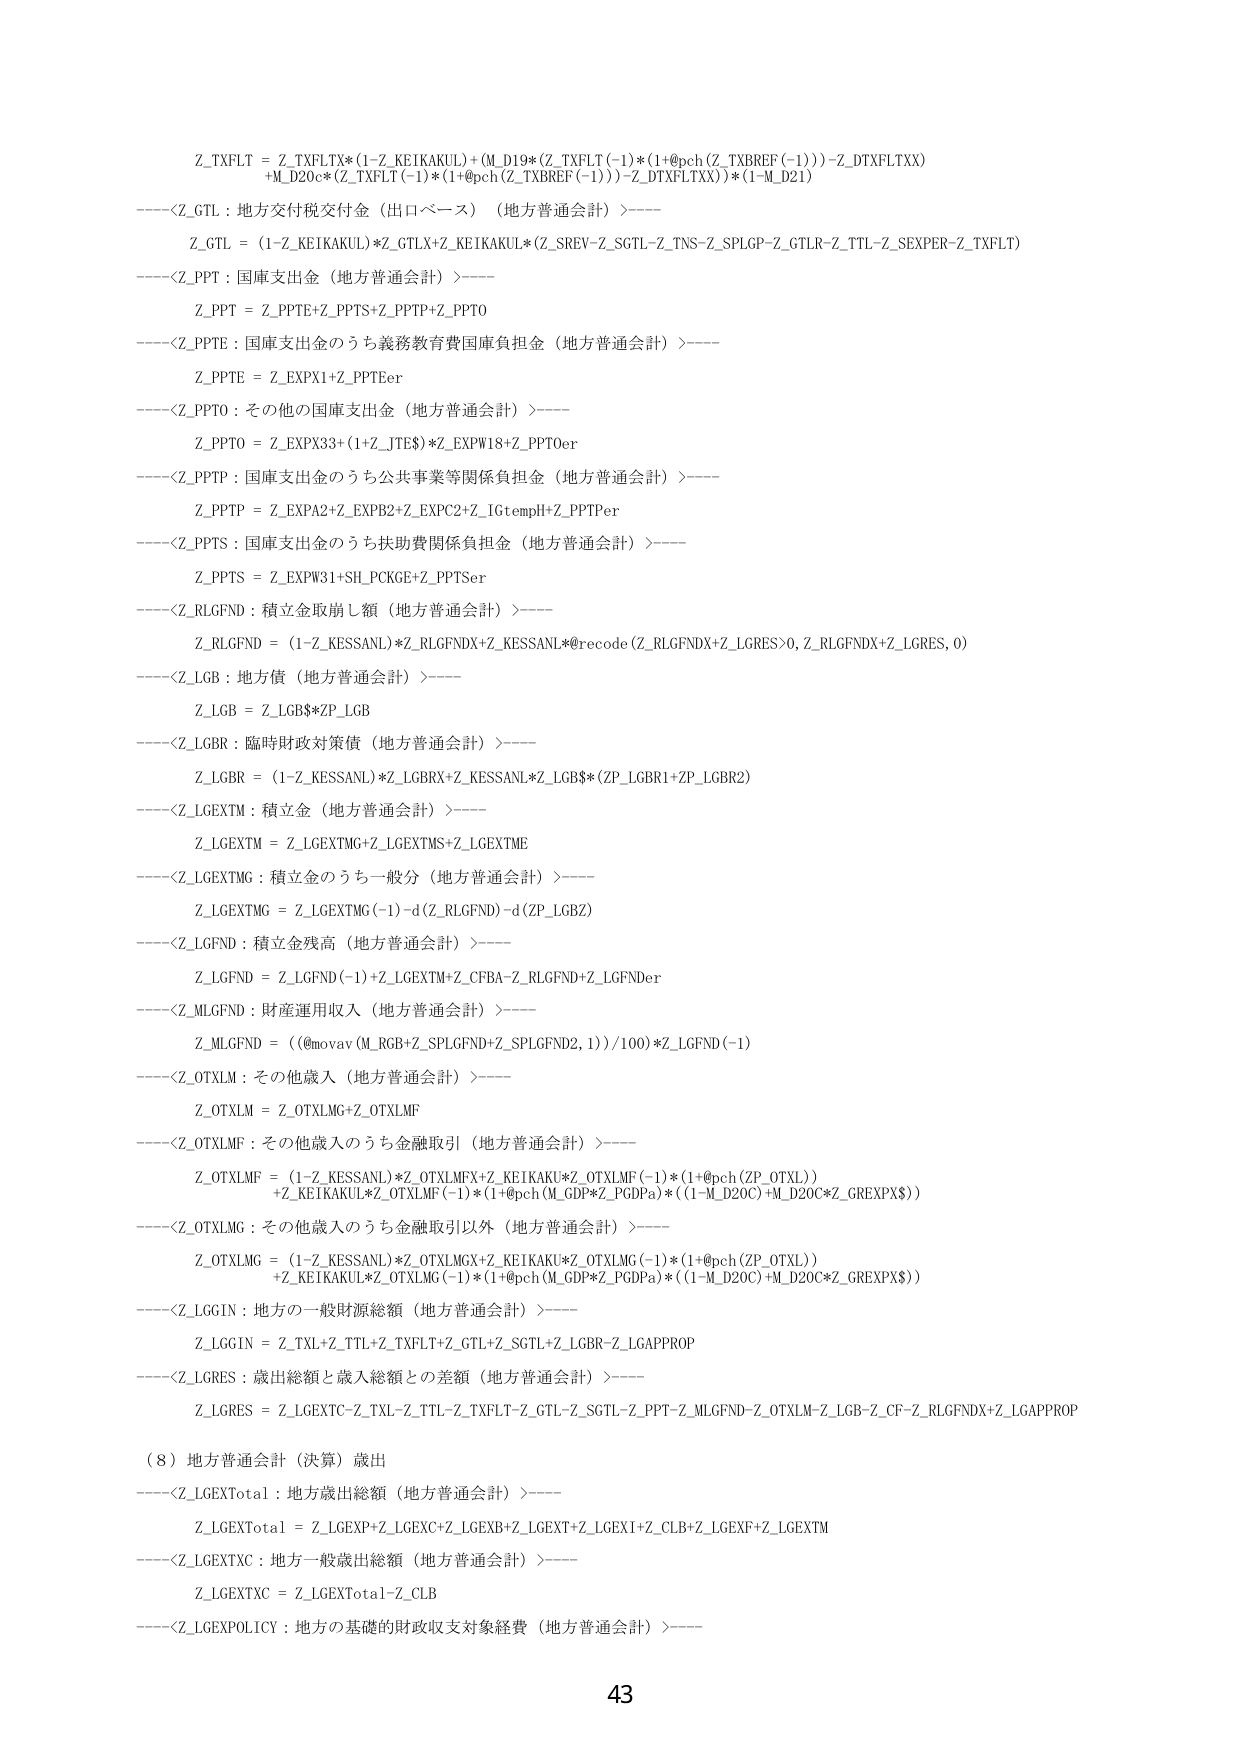
Z_TXFLT = Z_TXFLTX*(1-Z_KEIKAKUL)+(M_D19*(Z_TXFLT(-1)*(1+@pch(Z_TXBREF(-1)))-Z_DTXFLTXX) +M_D20c*(Z_TXFLT(-1)*(1+@pch(Z_TXBREF(-1)))-Z_DTXFLTXX))*(1-M_D21)

----<Z_GTL : 地方交付税交付金（出口ベース）（地方普通会計）>----

Z_GTL = (1-Z_KEIKAKUL)*Z_GTLX+Z_KEIKAKUL*(Z_SREV-Z_SGTL-Z_TNS-Z_SPLGP-Z_GTLR-Z_TTL-Z_SEXPER-Z_TXFLT)

----<Z_PPT : 国庫支出金（地方普通会計）>----

Z_PPT = Z_PPTF+Z_PPTS+Z_PPTP+Z_PPTO

----<Z_PPTF : 国庫支出金のうち義務教育費国庫負担金（地方普通会計）>----

Z_PPTF = Z_EXPX1+Z_PPTFer

----<Z_PPTO : その他の国庫支出金（地方普通会計）>----

Z_PPTO = Z_EXPX33+(1+Z_JTES)*Z_EXPW18+Z_PPTOer

----<Z_PPTP : 国庫支出金のうち公共事業等関係負担金（地方普通会計）>----

Z_PPTP = Z_EXPA2+Z_EXPB2+Z_EXPC2+Z_IGtempH+Z_PPTPer

----<Z_PPTS : 国庫支出金のうち扶助費関係負担金（地方普通会計）>----

Z_PPTS = Z_EXPW31+SH_PCKGE+Z_PPTSer

----<Z_RLGFND : 積立金取崩し額（地方普通会計）>----

Z_RLGFND = (1-Z_KESSANL)*Z_RLGFNDX+Z_KESSANL*@recode(Z_RLGFNDX+Z_LGRES>0, Z_RLGFNDX+Z_LGRES, 0)

----<Z_LGB : 地方債（地方普通会計）>----

Z_LGB = Z_LGB$*ZP_LGB

----<Z_LGBR : 臨時財政対策債（地方普通会計）>----

Z_LGBR = (1-Z_KESSANL)*Z_LGBRX+Z_KESSANL*Z_LGB$*(ZP_LGBR1+ZP_LGBR2)

----<Z_LGEXTM : 積立金（地方普通会計）>----

Z_LGEXTM = Z_LGEXTMG+Z_LGEXTMS+Z_LGEXTME

----<Z_LGEXTMG : 積立金のうち一般分（地方普通会計）>----

Z_LGEXTMG = Z_LGEXTMG(-1)-d(Z_RLGFND)-d(ZP_LGBZ)

----<Z_LGFND : 積立金残高（地方普通会計）>----

Z_LGFND = Z_LGFND(-1)+Z_LGEXTM+Z_CFBA-Z_RLGFND+Z_LGFNDer

----<Z_MLGFND : 財産運用収入（地方普通会計）>----

Z_MLGFND = ((@movav(M_RGB+Z_SPLGFND+Z_SPLGFND2,1))/100)*Z_LGFND(-1)

----<Z_OTXLM : その他歳入（地方普通会計）>----

Z_OTXLM = Z_OTXLMG+Z_OTXLMF

----<Z_OTXLMF : その他歳入のうち金融取引（地方普通会計）>----

Z_OTXLMF = (1-Z_KESSANL)*Z_OTXLMFX+Z_KEIKAKU*Z_OTXLMF(-1)*(1+@pch(ZP_OTXL)) +Z_KEIKAKU*Z_OTXLMF(-1)*(1+@pch(M_GDP*Z_PGDPa)*((1-M_D20C)+M_D20C*Z_GREXPX$))

----<Z_OTXLMG : その他歳入のうち金融取引以外（地方普通会計）>----

Z_OTXLMG = (1-Z_KESSANL)*Z_OTXLMGX+Z_KEIKAKU*Z_OTXLMG(-1)*(1+@pch(ZP_OTXL)) +Z_KEIKAKU*Z_OTXLMG(-1)*(1+@pch(M_GDP*Z_PGDPa)*((1-M_D20C)+M_D20C*Z_GREXPX$))

----<Z_LGGIN : 地方の一般財源総額（地方普通会計）>----

Z_LGGIN = Z_TXL+Z_TTL+Z_TXFLT+Z_GTL+Z_SGTL+Z_LGBR-Z_LGAPPROP

----<Z_LGRES : 歳出総額と歳入総額との差額（地方普通会計）>----

Z_LGRES = Z_LGEXTC-Z_TXL-Z_TTL-Z_TXFLT-Z_GTL-Z_SGTL-Z_PPT-Z_MLGFND-Z_OTXLM-Z_LGB-Z_CF-Z_RLGFNDX+Z_LGAPPROP

（8）地方普通会計（決算）歳出

----<Z_LGEXTotal : 地方歳出総額（地方普通会計）>----

Z_LGEXTotal = Z_LGEXP+Z_LGEXC+Z_LGEXB+Z_LGEXT+Z_LGEXI+Z_CLB+Z_LGEXF+Z_LGEXTM

----<Z_LGEXTXC : 地方一般歳出総額（地方普通会計）>----

Z_LGEXTXC = Z_LGEXTotal-Z_CLB

----<Z_LGEXPOLICY : 地方の基礎的財政収支対象経費（地方普通会計）>----

43